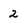
Character: 2